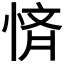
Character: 𭝚